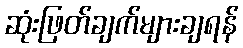
ဆုံးဖြတ်ချက်များချရန်